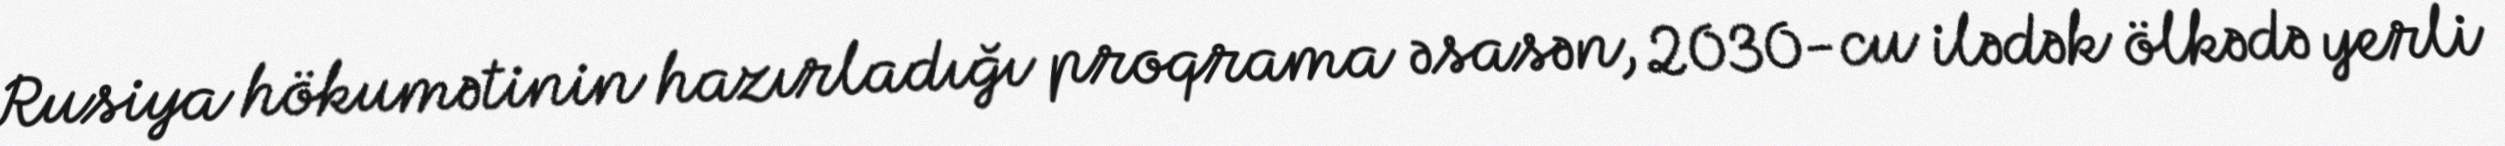
Rusiya hökumətinin hazırladığı proqrama əsasən, 2030-cu ilədək ölkədə yerli